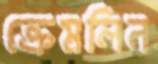
ক্রেমলিন